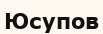
Юсупов